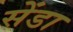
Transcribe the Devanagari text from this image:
सेंडा